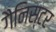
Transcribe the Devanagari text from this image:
गैनिस्टर